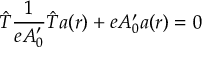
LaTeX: \hat { T } \frac { 1 } { e A _ { 0 } ^ { \prime } } \hat { T } a ( r ) + e A _ { 0 } ^ { \prime } a ( r ) = 0